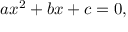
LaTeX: a x ^ { 2 } + b x + c = 0 ,